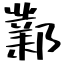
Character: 鄴